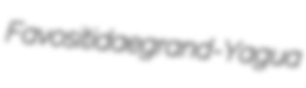
Favositidae grand- Yagua